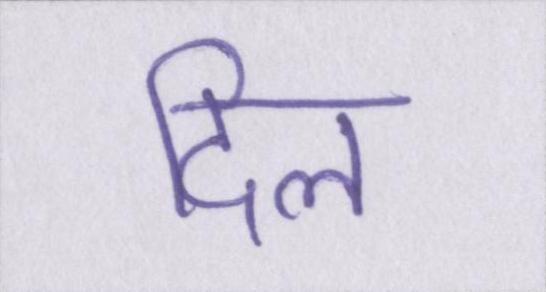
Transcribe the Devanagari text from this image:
दिल